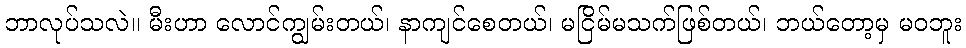
ဘာလုပ်သလဲ။ မီးဟာ လောင်ကျွမ်းတယ်၊ နာကျင်စေတယ်၊ မငြိမ်မသက်ဖြစ်တယ်၊ ဘယ်တော့မှ မဝဘူး